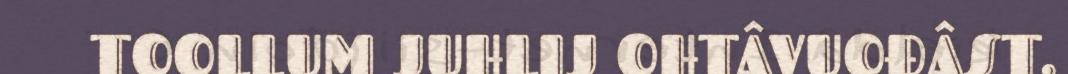
TOOLLUM JUHLIJ OHTÂVUOĐÂST.